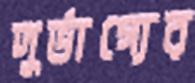
দুর্ভাগ্যের